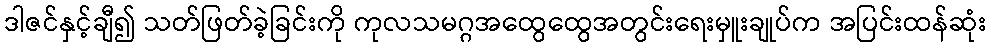
ဒါဇင်နှင့်ချီ၍ သတ်ဖြတ်ခဲ့ခြင်းကို ကုလသမဂ္ဂအထွေထွေအတွင်းရေးမှူးချုပ်က အပြင်းထန်ဆုံး